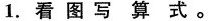
1.看图写算式。